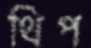
থিপ